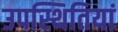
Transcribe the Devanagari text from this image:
उपस्थितियां